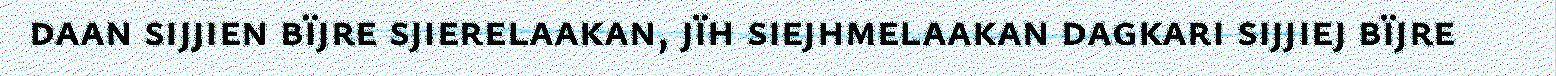
daan sijjien bïjre sjierelaakan, jïh siejhmelaakan dagkari sijjiej bïjre